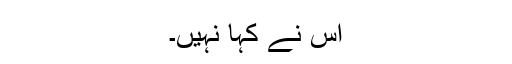
اس نے کہا نہیں۔